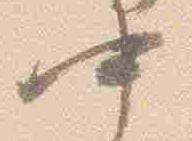
中